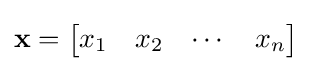
\mathbf {x} ={\begin{bmatrix}x_{1}&x_{2}&\cdots &x_{n}\end{bmatrix}}